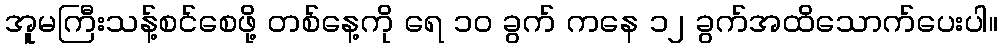
အူမကြီးသန့်စင်စေဖို့ တစ်နေ့ကို ရေ ၁၀ ခွက် ကနေ ၁၂ ခွက်အထိသောက်ပေးပါ။